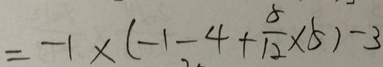
= - 1 \times ( - 1 - 4 + \frac { 5 } { 1 2 } \times 5 ) - 3